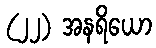
(၂၂) အနရိယော